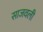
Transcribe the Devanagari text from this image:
साजवली